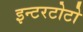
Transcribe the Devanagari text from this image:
इन्टरटोटो